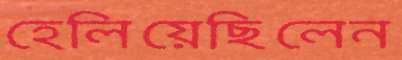
হেলিয়েছিলেন